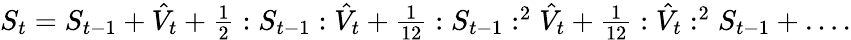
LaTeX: \begin{array}{r}{S_{t}=S_{t-1}+\hat{V}_{t}+\frac{1}{2}:S_{t-1}:\hat{V}_{t}+\frac{1}{12}:S_{t-1}:^{2}\hat{V}_{t}+\frac{1}{12}:\hat{V}_{t}:^{2}S_{t-1}+\dots.}\end{array}